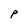
Character: P